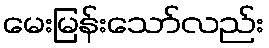
မေးမြန်းသော်လည်း